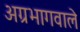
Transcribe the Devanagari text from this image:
अग्रभागवाले